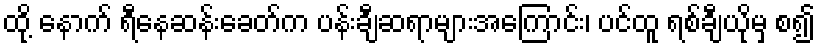
ထို့ နောက် ရီနေဆန်းခေတ်က ပန်းချီဆရာများအကြောင်း၊ ပင်ထူ ရစ်ချီယိုမှ စ၍